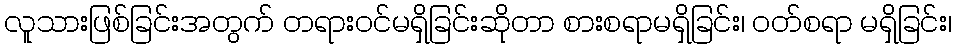
လူသားဖြစ်ခြင်းအတွက် တရားဝင်မရှိခြင်းဆိုတာ စားစရာမရှိခြင်း၊ ဝတ်စရာ မရှိခြင်း၊